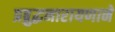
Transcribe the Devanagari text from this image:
प्रब्रुद्धनारायणाने